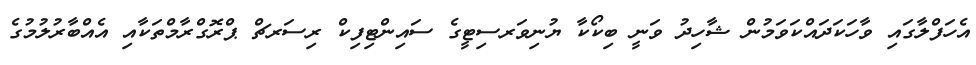
އެހަފްލާގައި ވާހަކަދައްކަވަމުން ޝާހިދު ވަނީ ބިކޯކާ ޔުނިވަރސިޓީގެ ސައިންޓިފިކް ރިސަރޗް ޕްރޮގްރާމްތަކާއި އެއްބާރުލުމުގެ